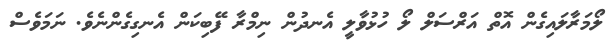
ލޯމަރާލައިގެން އޮތް އަރްސަލް ލޯ ހުޅުވާލީ އެނދުން ނިމްރާ ފޭބިކަން އެނގިގެންނެވެ. ނަމަވެސް